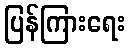
ပြန်ကြားရေး